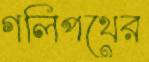
গলিপথের